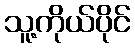
သူ့ကိုယ်ပိုင်